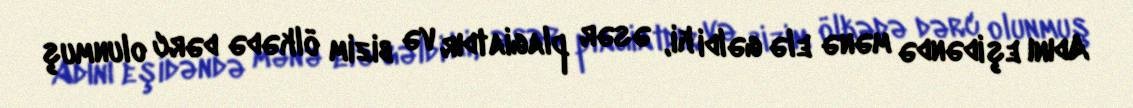
Adını eşidəndə mənə elə gəldi ki, əsər plagiatdır və bizim ölkədə dərc olunmuş